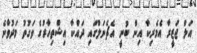
އަލް ޖަޒީރާ އެމެރިކާ އިން ބުނީ އެޗެނަލްގައި ދައްކާ އިޝްތިހާރުގެ ވަގުތު މަދުވާނެ